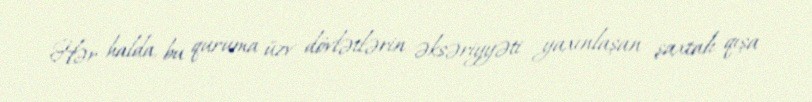
Hər halda, bu quruma üzv dövlətlərin əksəriyyəti yaxınlaşan şaxtalı qışa